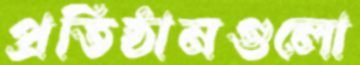
প্রতিষ্ঠানগুলো